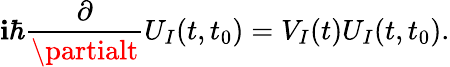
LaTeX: \mathbf{i}\hbar\frac{{\partial}}{{\partialt}}U_{I}(t,t_{0})=V_{I}(t)U_{I}(t,t_{0}).